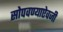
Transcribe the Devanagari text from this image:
सोपवण्याऐवजी